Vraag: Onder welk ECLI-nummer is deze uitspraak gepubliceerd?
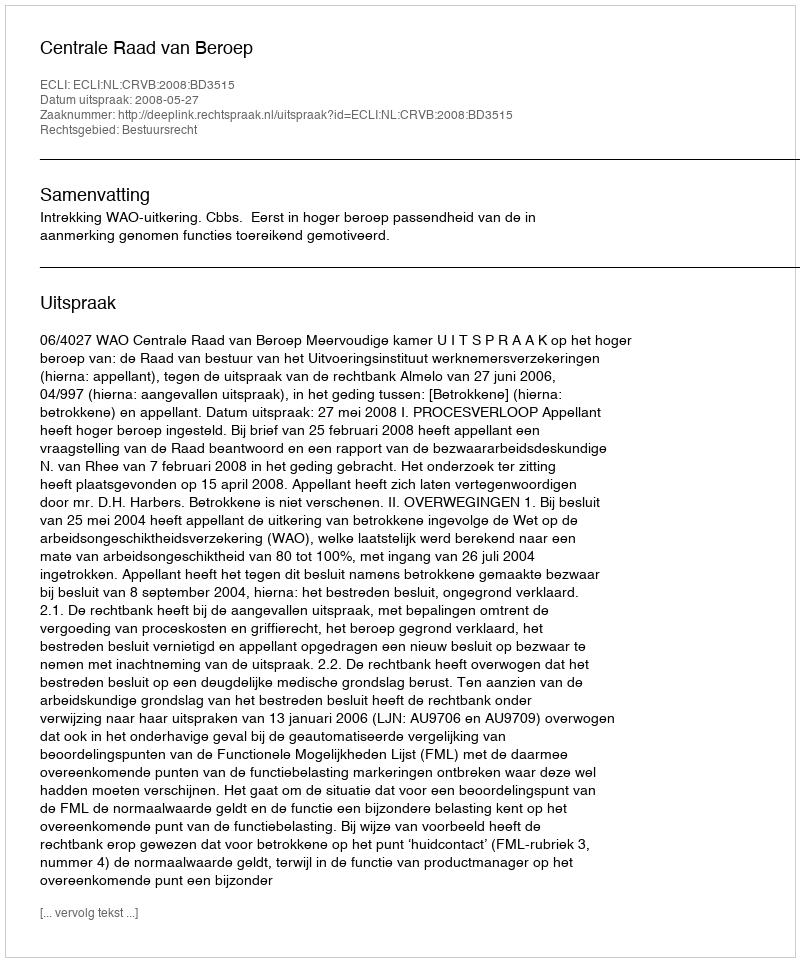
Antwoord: ECLI:NL:CRVB:2008:BD3515